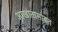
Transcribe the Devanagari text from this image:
आखातासोबत